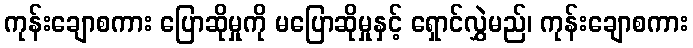
ကုန်းချောစကား ပြောဆိုမှုကို မပြောဆိုမှုနှင့် ရှောင်လွှဲမည်၊ ကုန်းချောစကား